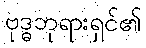
ဗုဒ္ဓဘုရားရှင်၏